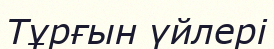
Тұрғын үйлері